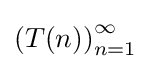
\left(T(n)\right)_{n=1}^{\infty }